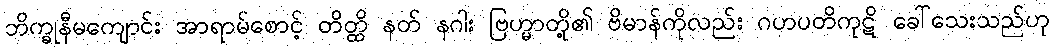
ဘိက္ခုနီမကျောင်း အာရာမ်စောင့် တိတ္ထိ နတ် နဂါး ဗြဟ္မာတို့၏ ဗိမာန်ကိုလည်း ဂဟပတိကုဋိ ခေါ်သေးသည်ဟု